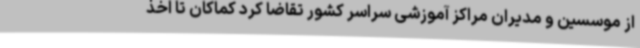
از موسسین و مدیران مراکز آموزشی سراسر کشور تقاضا کرد کماکان تا اخذ